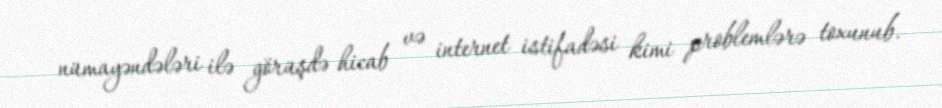
nümayəndələri ilə görüşdə hicab və internet istifadəsi kimi problemlərə toxunub.